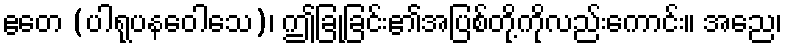
ဧတေ (ပါရုပနဝေါသေ)၊ ဤခြုံခြင်း၏အပြစ်တို့ကိုလည်းကောင်း။ အညေ၊